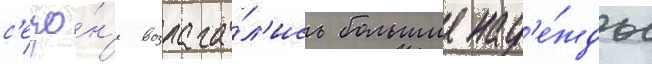
с'езо́н'е возлага́л'ись большие над'е́жды